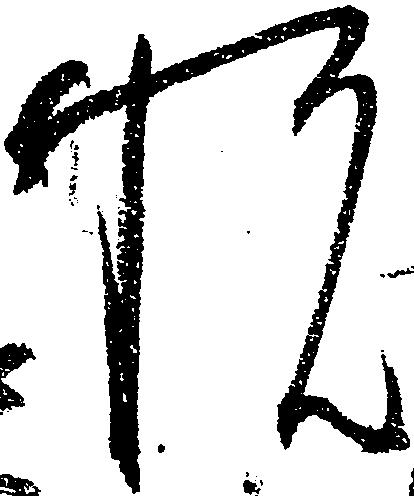
悦